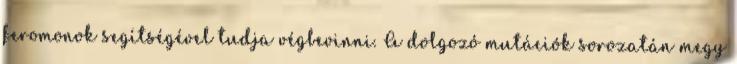
feromonok segítségével tudja végbevinni. A dolgozó mutációk sorozatán megy